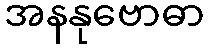
အနနုဗောဓာ